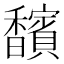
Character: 馪